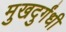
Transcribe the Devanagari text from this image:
मुखदुर्गंधी